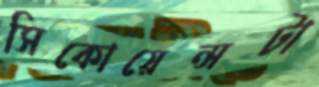
সিকোয়েন্সটা